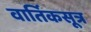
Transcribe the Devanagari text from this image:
वार्तिकसूत्र